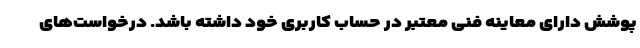
پوشش دارای معاینه فنی معتبر در حساب کاربری خود داشته باشد. درخواست‌های